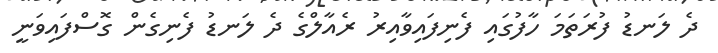
ދެ ލަނޑު ފުރަތަމަ ހާފުގައި ފެނިފައިވާއިރު ރެއާލްގެ ދެ ލަނޑު ފެނިގެން ގޮސްފައިވަނީ